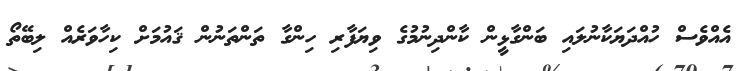
އެއްވެސް ހުއްދަޔަކާނުލައި ބަންގާޅީން ކާންދިނުމުގެ ވިޔަފާރި ހިންގާ ތަންތަނުން ޤައުމަށް ކިހާވަރެއް ލިބޭތޯ